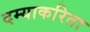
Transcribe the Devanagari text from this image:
दम्याकरिता